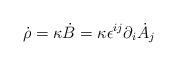
LaTeX: \begin{align*}\dot{\rho}=\kappa \dot{B}=\kappa\epsilon^{ij}\partial_i \dot{A}_j\end{align*}